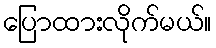
ပြောထားလိုက်မယ်။